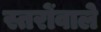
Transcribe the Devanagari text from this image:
स्तरोंवाले